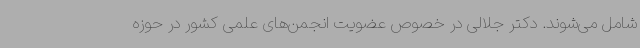
شامل می‌شوند. دکتر جلالی در خصوص عضویت انجمن‌های علمی کشور در حوزه